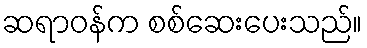
ဆရာဝန်က စစ်ဆေးပေးသည်။